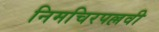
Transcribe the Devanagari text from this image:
निमचिरपल्लवी